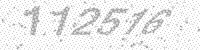
Solution: 112516